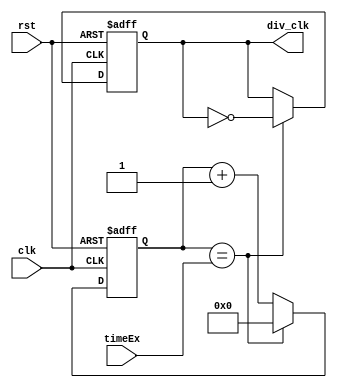
`define TimeExpire_1HZ 32'd25000000
`define TimeExpire_10000HZ 32'd2500

module cli_div(clk, rst, timeEx, div_clk);
input clk, rst;
input [31:0] timeEx;
output div_clk;

reg div_clk;
reg [31:0]count;

always@(posedge clk or negedge rst)
begin
 if(!rst)
 begin
 count<=32'd0;
 div_clk<=1'b0;
 end
 else
 begin
 if(count==timeEx)
 begin
 count<=32'd0;
 div_clk<=!div_clk;
 end
 else
 begin
 count<=count+32'd1;
 end 
 end
end

endmodule

module seven(count,out);
input [3:0] count;
output reg[6:0] out;
always@(count)
begin
case(count)
 4'd0 : out =  7'b0000001 ;
 4'd1 : out =  7'b1001111 ;
 4'd2 : out =  7'b0010010 ;
 4'd3 : out =  7'b0000110 ;
 4'd4 : out =  7'b1001100 ;
 4'd5 : out =  7'b0100100 ;
 4'd6 : out =  7'b0100000 ;
 4'd7 : out =  7'b0001111 ;
 4'd8 : out =  7'b0000000 ;
 4'd9 : out =  7'b0000100 ;
 4'd10 : out = 7'b0001000 ;
 4'd11 : out = 7'b1100000 ;
 4'd12 : out = 7'b0110001 ;
 4'd13 : out = 7'b1000010 ;
 4'd14 : out = 7'b0110000 ;
 4'd15 : out = 7'b0111000 ;
endcase
end
endmodule

module Lab7(clk, reset, dot_row, dot_col, out);
input clk,reset;
output reg[7:0] dot_row, dot_col;
output [6:0] out;
reg [2:0] row_count;
reg [1:0] state;
reg [3:0] count;
wire clk_div_1, clk_div_2;
parameter g=2'd0, y=2'd1, r=2'd2;

cli_div one(.clk(clk),.rst(reset),.timeEx(`TimeExpire_1HZ),.div_clk(clk_div_1));
cli_div tenthousand(.clk(clk),.rst(reset),.timeEx(`TimeExpire_10000HZ),.div_clk(clk_div_2));
seven useven(.count(count),.out(out));

always@(posedge clk_div_1 or negedge reset)
begin
 if(!reset) 
 begin
  count = 4'd15;
  state = g;
 end
 else 
 begin
  count <= count - 4'd1;
 end
end

always@(count) begin

if (count == 0) begin
case(state)
 
 g:begin
    state = y;
    count <= 4'd5;
 end
 
 y:begin
    state = r;
    count <= 4'd10;
 end
 
 r:begin
    state = g;
    count <= 4'd15;
 end
 endcase
end
else begin
    state <= state;
end
end

always@(posedge clk_div_2 or negedge reset)
begin
 if(!reset) begin
  dot_row <= 8'b0;
  dot_col <= 8'b0;
  row_count <= 0;
 end
 else begin
  row_count <= row_count + 1;
  
 case(row_count)
 3'd0: dot_row <= 8'b01111111;
 3'd1: dot_row <= 8'b10111111;
 3'd2: dot_row <= 8'b11011111;
 3'd3: dot_row <= 8'b11101111;
 3'd4: dot_row <= 8'b11110111;
 3'd5: dot_row <= 8'b11111011;
 3'd6: dot_row <= 8'b11111101;
 3'd7: dot_row <= 8'b11111110;
 endcase
 
 case(state)
 
 g:begin
    case(row_count)
    3'd0: dot_col <= 8'b00001100;
    3'd1: dot_col <= 8'b00001100;
    3'd2: dot_col <= 8'b00011001;
    3'd3: dot_col <= 8'b01111110;
    3'd4: dot_col <= 8'b10011000;
    3'd5: dot_col <= 8'b00011000;
    3'd6: dot_col <= 8'b00101000;
    3'd7: dot_col <= 8'b01001000;
    endcase;
 end
 
 y:begin
    case(row_count)
    3'd0: dot_col <= 8'b00000000;
    3'd1: dot_col <= 8'b00100100;
    3'd2: dot_col <= 8'b00111100;
    3'd3: dot_col <= 8'b10111101;
    3'd4: dot_col <= 8'b11111111;
    3'd5: dot_col <= 8'b00111100;
    3'd6: dot_col <= 8'b00111100;
    3'd7: dot_col <= 8'b00000000;
    endcase
 end
 
 r:begin
    case(row_count)
    3'd0: dot_col <= 8'b00011000;
    3'd1: dot_col <= 8'b00011000;
    3'd2: dot_col <= 8'b00111100;
    3'd3: dot_col <= 8'b00111100;
    3'd4: dot_col <= 8'b01011010;
    3'd5: dot_col <= 8'b00011000;
    3'd6: dot_col <= 8'b00011000;
    3'd7: dot_col <= 8'b00100100;
    endcase
 end
 endcase
 
 end
end

endmodule